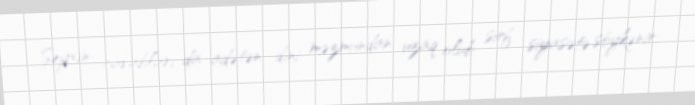
Şeyxin cavabları da adətən dini məzmundan uzaq olub sırf siyasətə söykənir: